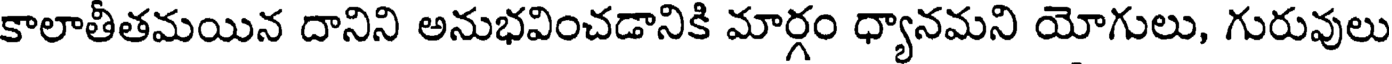
కాలాతీతమయిన దానిని అనుభవించడానికి మార్గం ధ్యానమని యోగులు, గురువులు